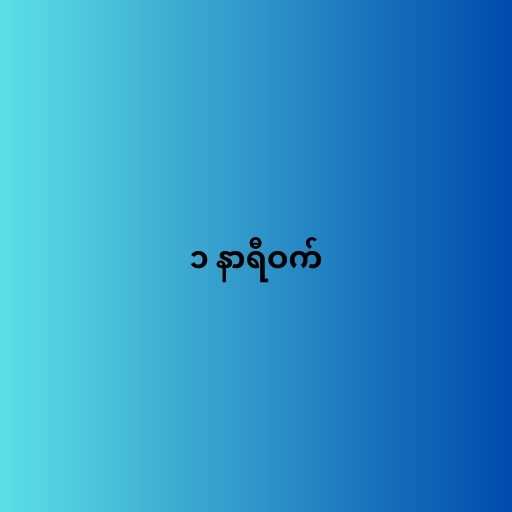
၁ နာရီဝက်